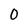
Character: 0